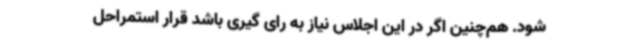
شود. هم‌چنین اگر در این اجلاس نیاز به رای گیری باشد قرار استمراحل